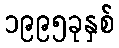
၁၉၉၅ခုနှစ်